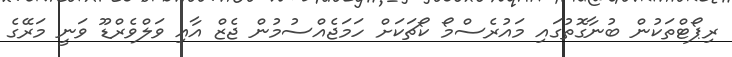
ރިޕޯޓްތަކުން ބުނާގޮތުގައި މައުރެސްމޯ ކޯޗަކަށް ހަމަޖެއްސުމުން ޖެޒް އާއި ވަލްވެރްޑޫ ވަނީ މަރޭގެ